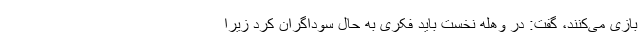
بازی می‌کنند، گفت: در وهله نخست باید فکری به حال سوداگران کرد زیرا